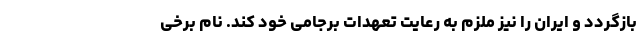
بازگردد و ایران را نیز ملزم به رعایت تعهدات برجامی خود کند. نام برخی